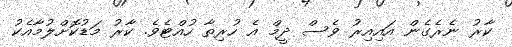
ކާރު ނެރެގެން އައިއިރު ވެސް ދީމް އެ ހުރިތާ ހުއްޓެވެ. ކާރު މަޑުކޮށްލުމާއެކު